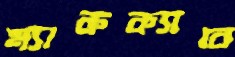
ম্যাকক্যাবে